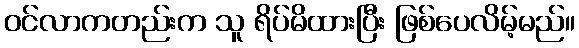
ဝင်လာကတည်းက သူ ရိပ်မိထားပြီး ဖြစ်ပေလိမ့်မည်။